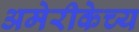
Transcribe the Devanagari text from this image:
अमेरीकेच्य